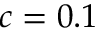
c = 0 . 1